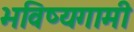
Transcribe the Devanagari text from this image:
भविष्यगामी